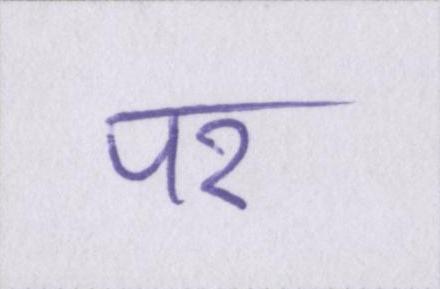
पर